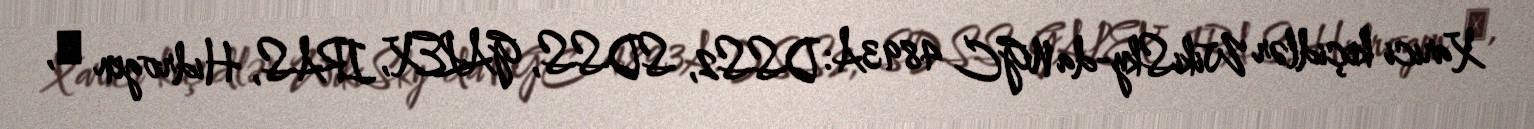
Xarici keçidlər WikiSky-da NGC 4893A: DSS2, SDSS, GALEX, IRAS, Hidrogen α,